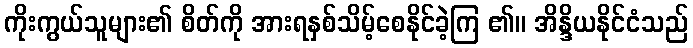
ကိုးကွယ်သူများ၏ စိတ်ကို အားရနှစ်သိမ့်စေနိုင်ခဲ့ကြ ၏။ အိန္ဒိယနိုင်ငံသည်